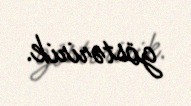
göstəririk.